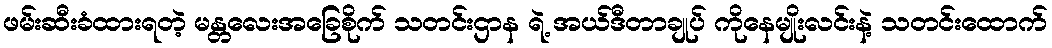
ဖမ်းဆီးခံထားရတဲ့ မန္တလေးအခြေစိုက် သတင်းဌာန ရဲ့ အယ်ဒီတာချုပ် ကိုနေမျိုးလင်းနဲ့ သတင်းထောက်